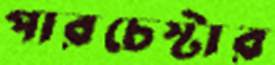
পারচেস্টার